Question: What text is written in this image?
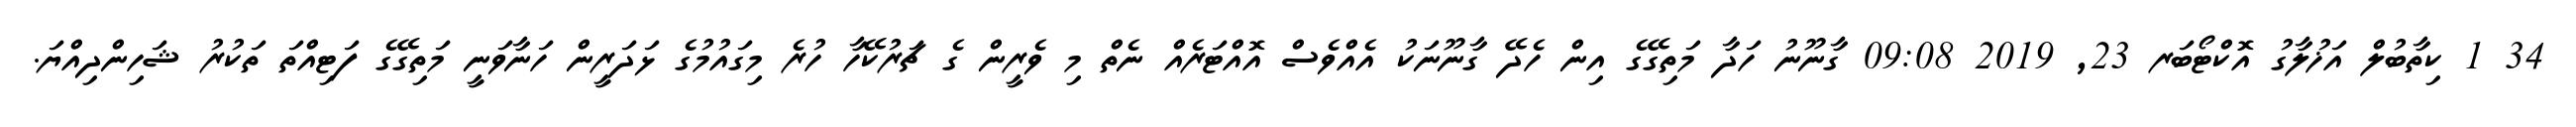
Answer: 34 1 ކިތާބުލް އަޚުލާގު އޮކްޓޯބަރ 23, 2019 09:08 ގާނޫނު ހަދާ މަތިގޭގެ އިން ހެދޭ ގާނޫނަކު އެއްވެސް އޮއްޓަރެއް ނެތް މި ވެރީން ގެ ޗަރުކޭހާ ހުރެ މިގައުމުގެ ޅަދަރީން ހަނާވަނީ މަތިގޭގެ ފަޓިއްތަ ތަކުރު ޝަހިންދިއްޔަ.